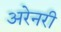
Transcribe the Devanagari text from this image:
अरेनरी